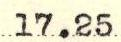
17.25